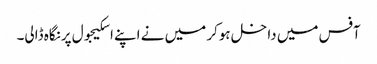
آفس میں داخل ہوکر میں نے اپنےاسکیجول پرنگاہ ڈالی۔